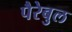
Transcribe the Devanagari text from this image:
पैरेबुल